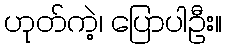
ဟုတ်ကဲ့၊ ပြောပါဦး။